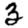
Digit: 3